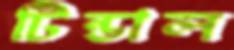
টিন্ডাল